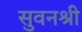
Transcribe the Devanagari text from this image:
सुवनश्री